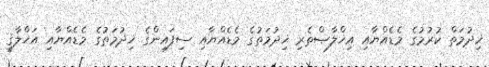
ޚިދުމަތް ކުރުމުގެ މެޑެއްޔާއި އިޚްލާޞްތެރި ޚިދުމަތުގެ މެޑެއްޔާއި ސިފައިންގެ ޚިދުމަތުގެ މެޑެއްޔާއި އަޚްލާޤީ